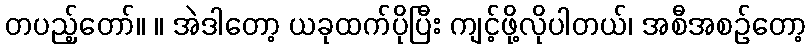
တပည့်တော်။ ။ အဲဒါတော့ ယခုထက်ပိုပြီး ကျင့်ဖို့လိုပါတယ်၊ အစီအစဉ်တော့